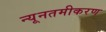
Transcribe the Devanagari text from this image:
न्यूनतमीकरण